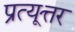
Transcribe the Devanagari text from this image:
प्रत्यूत्तर